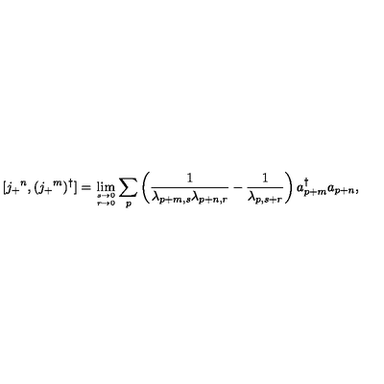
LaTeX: [ j _ { + } { } ^ { n } , ( j _ { + } { } ^ { m } ) ^ { \dagger } ] = \lim _ { s \to 0 \atop r \to 0 } \sum _ { p } \left( \frac { 1 } { \lambda _ { p + m , s } \lambda _ { p + n , r } } - \frac { 1 } { \lambda _ { p , s + r } } \right) a _ { p + m } ^ { \dagger } a _ { p + n } ,